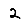
Digit: 2